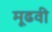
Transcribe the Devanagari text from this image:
मूढवी